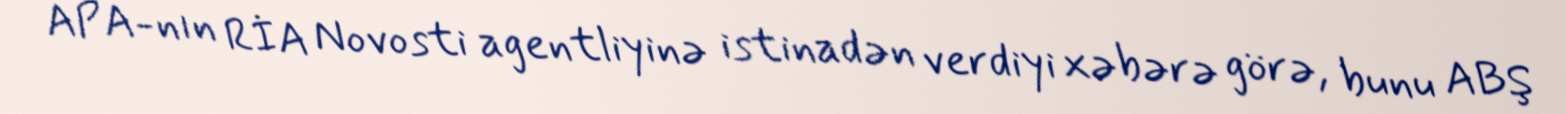
APA-nın RİA Novosti agentliyinə istinadən verdiyi xəbərə görə, bunu ABŞ